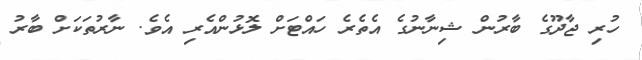
ހުރި ޖާދޫގެ ބާރުން ޝިނާނުގެ އެތެރެ ހައްޓަށް ލޮޅުންއެރި އެވެ. ނާރުތަކަށް ބާރު